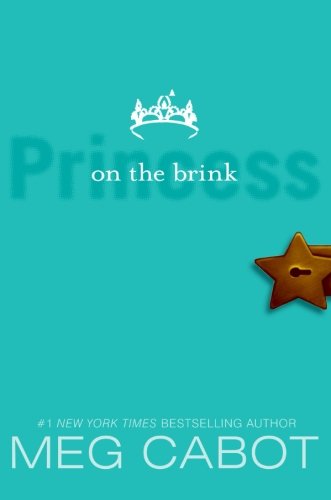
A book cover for Princess on the Brink (The Princess Diaries, Vol. 8); Meg Cabot; Teen & Young Adult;